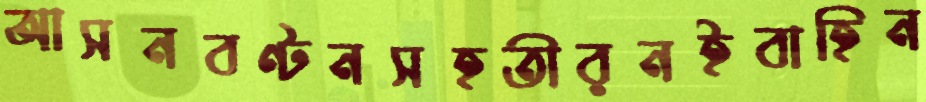
আসনবণ্টনসহতীরনইবাহিন